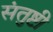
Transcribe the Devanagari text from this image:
संतुष्टी